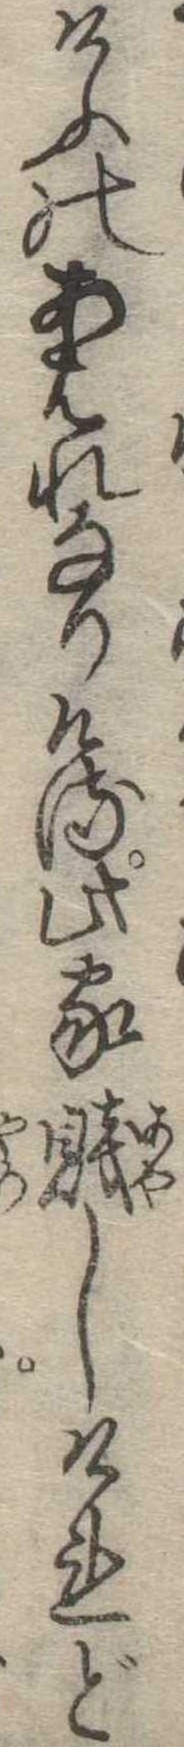
けふのあはれなりける此家賎しけれど